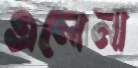
এলেনা